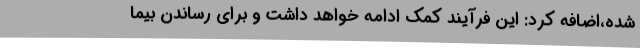
شده،اضافه کرد: این فرآیند کمک ادامه خواهد داشت و برای رساندن بیما